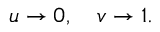
u \rightarrow 0 , \quad v \rightarrow 1 .